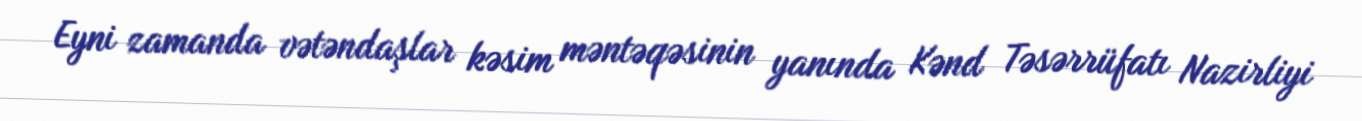
Eyni zamanda vətəndaşlar kəsim məntəqəsinin yanında Kənd Təsərrüfatı Nazirliyi